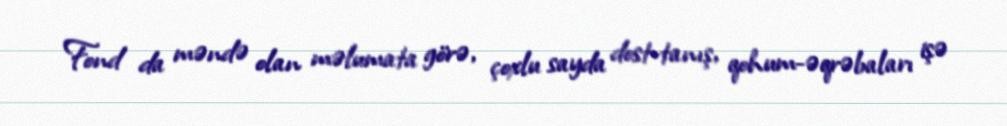
Fond da məndə olan məlumata görə, çoxlu sayda dost-tanış, qohum-əqrəbaları işə